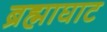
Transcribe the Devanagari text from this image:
ब्रह्माघाट